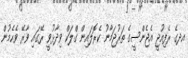
އދގެ ރެފިއުޖީ އެޖެންސީގެ ތަރުޖަމާނު ކެރޮލައިން ގްލަކް ވިދާޅުވީ ރޭގައި ވާރޭ ވެހެމުން